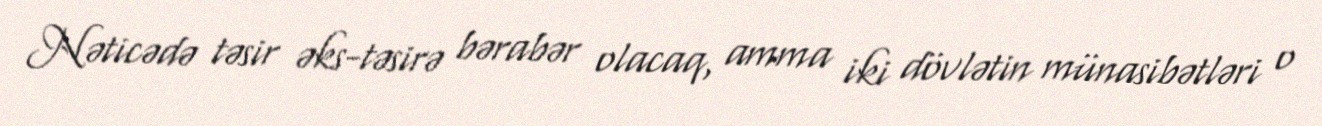
Nəticədə təsir əks-təsirə bərabər olacaq, amma iki dövlətin münasibətləri o